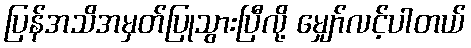
ပြန်အသိအမှတ်ပြုသွားပြီလို့ မျှော်လင့်ပါတယ်